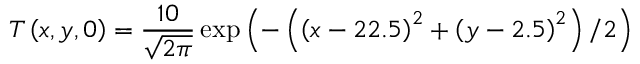
T \left( x , y , 0 \right) = \frac { 1 0 } { \sqrt { 2 \pi } } \exp \left( - \left( { { \left( x - 2 2 . 5 \right) } ^ { 2 } } + { { \left( y - 2 . 5 \right) } ^ { 2 } } \right) / 2 \right)